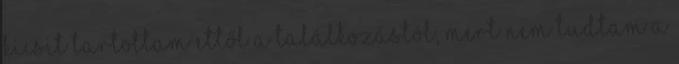
Kicsit tartottam ettől a találkozástól, mert nem tudtam a